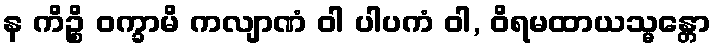
န ကိဉ္စိ ဝက္ခာမိ ကလျာဏံ ဝါ ပါပကံ ဝါ, ဝိရမထာယသ္မန္တော